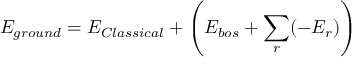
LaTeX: E _ { g r o u n d } = E _ { C l a s s i c a l } + \left( E _ { b o s } + \sum _ { r } ( - E _ { r } ) \right)